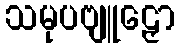
သမုပဗျူဠှော